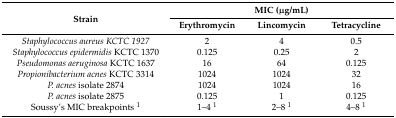
<table><thead><tr><td rowspan="2"><b>Strain</b></td><td colspan="3"><b>MIC (μg/mL)</b></td></tr><tr><td><b>Erythromycin</b></td><td><b>Lincomycin</b></td><td><b>Tetracycline</b></td></tr></thead><tbody><tr><td><i>Staphylococcus aureus KCTC 1927</i></td><td>2</td><td>4</td><td>0.5</td></tr><tr><td><i>Staphylococcus epidermidis</i> KCTC 1370</td><td>0.125</td><td>0.25</td><td>2</td></tr><tr><td><i>Pseudomonas aeruginosa</i> KCTC 1637</td><td>16</td><td>64</td><td>0.125</td></tr><tr><td><i>Propionibacterium acnes</i> KCTC 3314</td><td>1024</td><td>1024</td><td>32</td></tr><tr><td><i>P. acnes</i> isolate 2874</td><td>1024</td><td>1024</td><td>16</td></tr><tr><td><i>P. acnes</i> isolate 2875</td><td>0.125</td><td>1</td><td>0.125</td></tr><tr><td>Soussy’s MIC breakpoints <sup>1</sup></td><td>1–4 <sup>1</sup></td><td>2–8 <sup>1</sup></td><td>4–8 <sup>1</sup></td></tr></tbody></table>